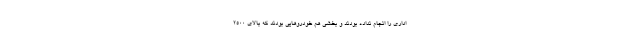
اداری را انجام نداده بودند و بخشی هم خودروهایی بودند که بالای ۲۵۰۰